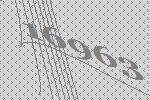
16963